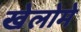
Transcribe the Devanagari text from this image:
खेलोमे